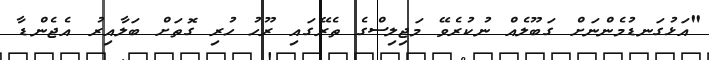
"އަޅުގަނޑުމެންނަށް ގަބޫލެއް ނުކުރެވޭ މަޖިލިސްގެ ތެރޭގައި ރޫހު ހުރި ގޮތަށް ބަލާއިރު އެޖެންޑާ